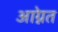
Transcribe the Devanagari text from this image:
आग्नेत